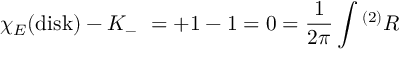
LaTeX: \chi _ { E } ( \mathrm { d i s k } ) - K _ { - } \ = + 1 - 1 = 0 = { \frac { 1 } { 2 \pi } } \int { } ^ { ( 2 ) } R